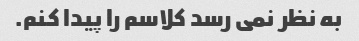
به نظر نمی رسد کلاسم را پیدا کنم.